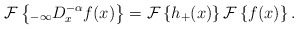
\begin{align*}\mathcal{F}\left\{ _{-\infty}D_{x}^{-\alpha}f(x)\right\} =\mathcal{F}\left\{ h_{+}(x)\right\} \mathcal{F}\left\{ f(x)\right\} .\end{align*}